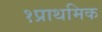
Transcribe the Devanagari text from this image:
१प्राथमिक